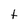
Character: t